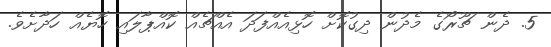
5. ދެން ޗޫރޯގެ މެދުން ދިގުކޮށް ހޮޅިއެއްފަދަ އެއްޗެއް ކޮއްޕާލައި ހޮޔެއް ހަދާށެވެ.